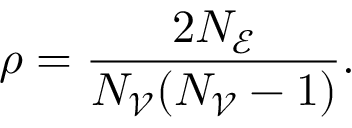
\rho = \frac { 2 N _ { \mathscr { E } } } { N _ { \mathscr { V } } ( N _ { \mathscr { V } } - 1 ) } .